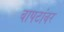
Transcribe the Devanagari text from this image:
बापटांवर